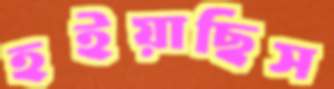
হইয়াছিস